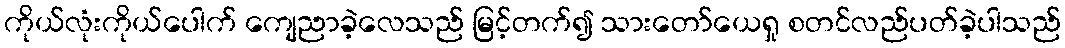
ကိုယ်လုံးကိုယ်ပေါက် ကျေညာခဲ့လေသည် မြင့်တက်၍ သားတော်ယေရှု စတင်လည်ပတ်ခဲ့ပါသည်